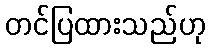
တင်ပြထားသည်ဟု